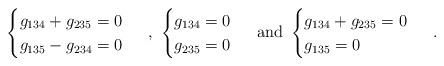
LaTeX: \begin{align*}\begin{cases}g_{134}+g_{235}=0\\g_{135}-g_{234}=0\end{cases} \ ,\ \begin{cases}g_{134}=0\\g_{235}=0\end{cases} \ \mathrm{and}\ \begin{cases}g_{134}+g_{235}=0\\g_{135}=0\end{cases} \ .\end{align*}